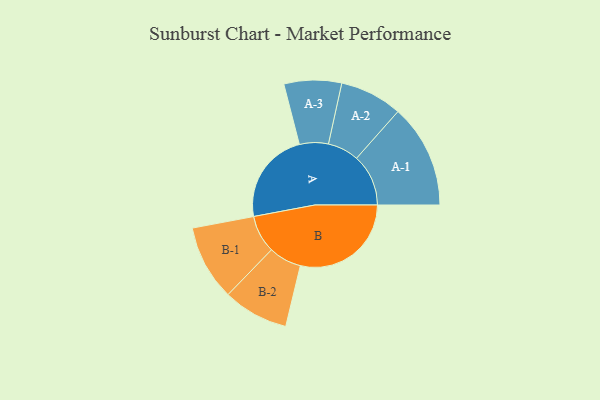
{"axis": {"x": "Segment", "y": "Value"}, "legend": ["", "A", "B"], "data": [{"x": "A", "y": 372, "type": ""}, {"x": "B", "y": 447, "type": ""}, {"x": "A-1", "y": 209, "type": "A"}, {"x": "A-2", "y": 126, "type": "A"}, {"x": "A-3", "y": 116, "type": "A"}, {"x": "B-1", "y": 152, "type": "B"}, {"x": "B-2", "y": 132, "type": "B"}]}